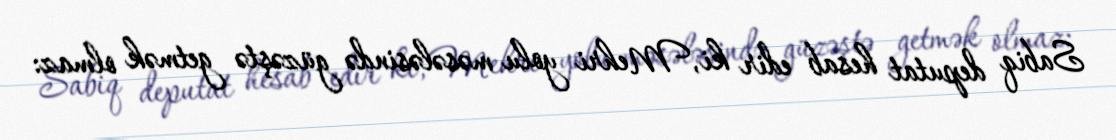
Sabiq deputat hesab edir ki, Mehri yolu məsələsində güzəştə getmək olmaz: